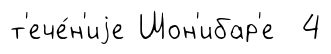
т'ече́н'иjе Шон'ибар'е 4